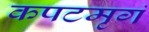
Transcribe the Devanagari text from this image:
कपटमृगं